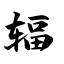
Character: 辐